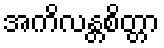
အကိလန္တစိတ္တာ